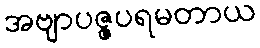
အဗျာပဇ္ဇပရမတာယ